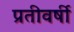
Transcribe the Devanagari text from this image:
प्रतीवर्षी